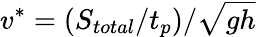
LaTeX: v^{*}=(S_{total}/t_{p})/\sqrt{gh}